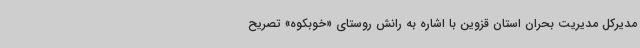
مدیرکل مدیریت بحران استان قزوین با اشاره به رانش روستای «خوبکوه» تصریح